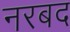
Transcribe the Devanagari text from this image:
नरबद